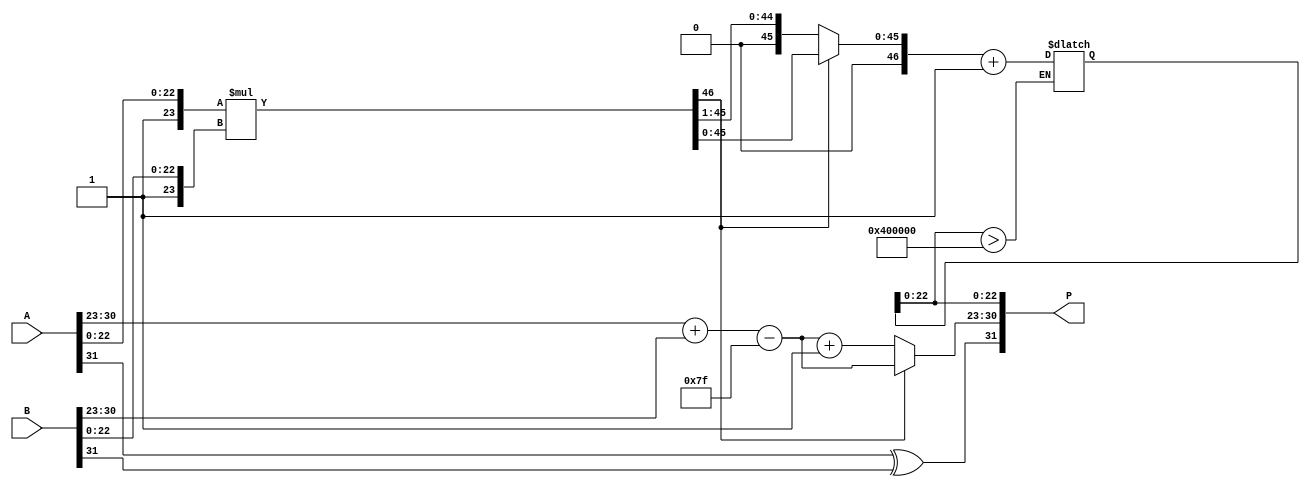
module floating_point_multiplier (
    input [31:0] A, // Input A (IEEE 754 format)
    input [31:0] B, // Input B (IEEE 754 format)
    output reg [31:0] P // Output P (IEEE 754 format)
);

    // Constants
    localparam EXPONENT_BIAS = 127;
    localparam MANTISSA_WIDTH = 23;
    localparam EXPONENT_WIDTH = 8;

    // Internal signals
    wire signA, signB;
    wire [EXPONENT_WIDTH-1:0] expA, expB;
    wire [MANTISSA_WIDTH-1:0] mantA, mantB;
    wire [MANTISSA_WIDTH*2:0] mantProduct; // Product of mantissas
    reg [EXPONENT_WIDTH-1:0] expP;
    reg signP;
    reg [MANTISSA_WIDTH*2:0] mantP;
    reg [MANTISSA_WIDTH*2:0] mantP_normalized;
    reg [EXPONENT_WIDTH-1:0] expP_adjusted;

    // Extract sign, exponent, and mantissa
    assign signA = A[31];
    assign expA = A[30:23];
    assign mantA = A[22:0];
    
    assign signB = B[31];
    assign expB = B[30:23];
    assign mantB = B[22:0];

    // Calculate sign of the product
    always @(*) begin
        signP = signA ^ signB; // XOR for sign
    end

    // Calculate exponent of the product
    always @(*) begin
        expP = expA + expB - EXPONENT_BIAS; // Add exponents and subtract bias
    end

    // Mantissa multiplication
    assign mantProduct = {1'b1, mantA} * {1'b1, mantB}; // Multiply mantissas with implicit leading 1

    // Normalize mantissa
    always @(*) begin
        if (mantProduct[MANTISSA_WIDTH*2] == 1) begin
            mantP_normalized = mantProduct[MANTISSA_WIDTH*2-1:0]; // No shift needed
            expP_adjusted = expP; // No adjustment needed
        end else begin
            mantP_normalized = mantProduct[MANTISSA_WIDTH*2-1:1]; // Shift right
            expP_adjusted = expP + 1; // Adjust exponent
        end
    end

    // Rounding (simple round to nearest)
    always @(*) begin
        if (mantP_normalized[MANTISSA_WIDTH-1:0] > 23'b10000000000000000000000) begin
            mantP_normalized = mantP_normalized + 1; // Round up
        end
    end

    // Assemble final product
    always @(*) begin
        P = {signP, expP_adjusted[EXPONENT_WIDTH-1:0], mantP_normalized[MANTISSA_WIDTH-1:0]};
    end

endmodule